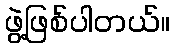
ဖွဲ့ဖြစ်ပါတယ်။